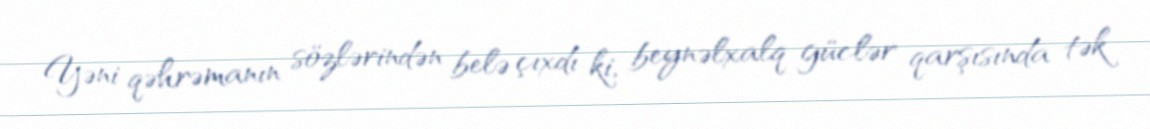
Yəni qəhrəmanın sözlərindən belə çıxdı ki, beynəlxalq güclər qarşısında tək